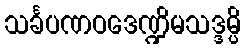
သင်္ခပဏဝဒေဏ္ဍိမသဒ္ဒမ္ပိ